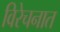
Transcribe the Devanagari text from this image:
विरेचनात